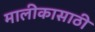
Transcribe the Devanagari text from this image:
मालीकासाठी